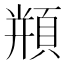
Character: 𩓍